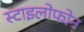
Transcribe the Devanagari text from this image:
स्टाइलोफोन